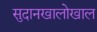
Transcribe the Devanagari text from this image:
सुदानखालोखाल